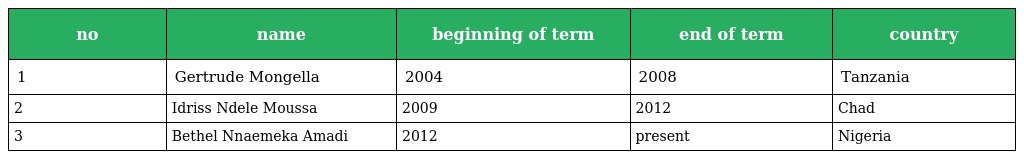
| no | name | beginning of term | end of term | country |
 | --- | --- | --- | --- | --- |
 | 1 | Gertrude Mongella | 2004 | 2008 | Tanzania |
 | 2 | Idriss Ndele Moussa | 2009 | 2012 | Chad |
 | 3 | Bethel Nnaemeka Amadi | 2012 | present | Nigeria |